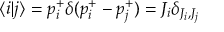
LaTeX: \langle i | j \rangle = p _ { i } ^ { + } \delta ( p _ { i } ^ { + } - p _ { j } ^ { + } ) = J _ { i } \delta _ { J _ { i } , J _ { j } }